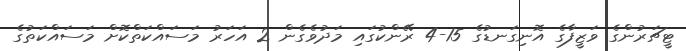
ޓީޗަރުންގެ ވަޒީފާގެ އޮނިގަނޑުގެ 15-4 ރޭންކުގައި މަދުވެގެން 2 އަހަރު މަސައްކަތްކޮށް މަސައްކަތުގެ